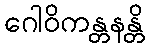
ဂေါဝိကန္တနန္တိ